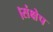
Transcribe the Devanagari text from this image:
।संक्षेप